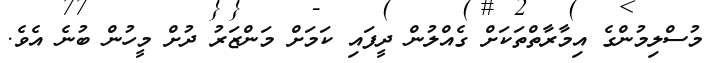
މުސްލިމުންގެ އިމާރާތްތަކަށް ގެއްލުން ދީފައި ކަމަށް މަންޒަރު ދުށް މީހުން ބުނެ އެވެ.